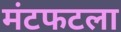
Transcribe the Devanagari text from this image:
मंटफटला